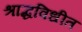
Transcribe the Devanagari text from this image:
श्राद्धविधीत